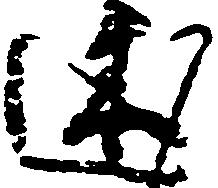
述